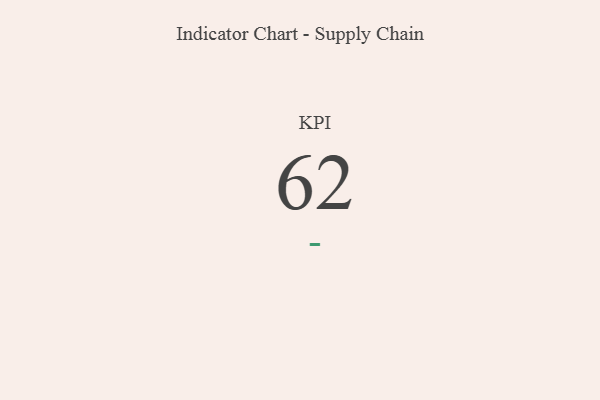
{"axis": {"x": "KPI", "y": "Value"}, "legend": [""], "data": [{"x": "KPI", "y": 62, "type": ""}]}